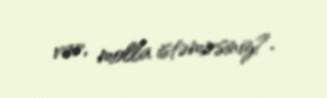
var, molla istəmirsiniz?.